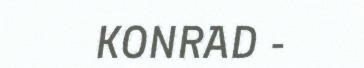
KONRAD -